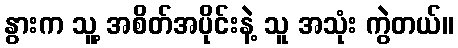
နွားက သူ့ အစိတ်အပိုင်းနဲ့ သူ အသုံး ကွဲတယ်။